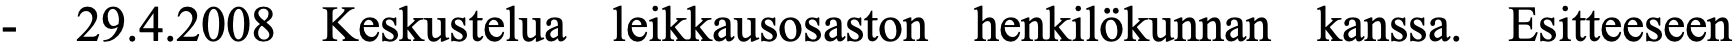
-  29.4.2008 Keskustelua leikkausosaston henkilökunnan kanssa. Esitteeseen